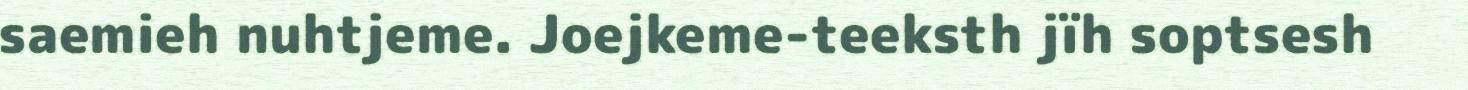
saemieh nuhtjeme. Joejkeme-teeksth jïh soptsesh